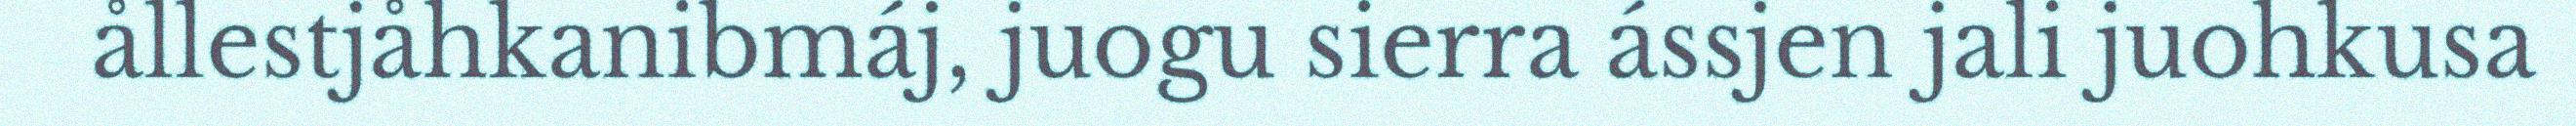
ållestjåhkanibmáj, juogu sierra ássjen jali juohkusa